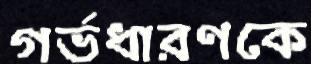
গর্ভধারণকে